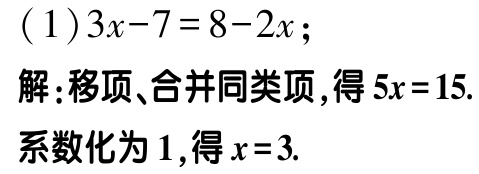
\[(1)3x - 7 = 8 - 2x;\]
解:移项、合并同类项,得\(5x = 15\).
系数化为\(1\),得\(x = 3\).